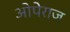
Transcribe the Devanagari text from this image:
ओपेराज